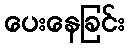
ပေးနေခြင်း